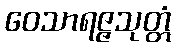
ဝေသာရဇ္ဇသုတ္တံ